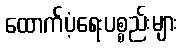
ထောက်ပံ့ရေးပစ္စည်းများ